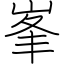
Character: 峯